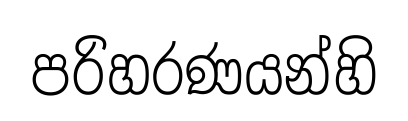
පරිහරණයන්හි